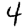
Digit: 4